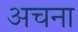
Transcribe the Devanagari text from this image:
अचना